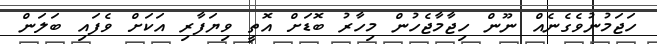
ހަޖަމުނުވެގެނެއް ނޫން ހިޖާމާޖެހުން މިހާރު ބޮޑަށް އޮތީ ވިޔަފާރި އަކަށް ވެފައި ބަލަން